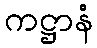
ကဋ္ဌာနံ